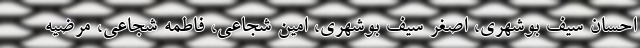
احسان سیف بوشهری، اصغر سیف بوشهری، امین شجاعی، فاطمه شجاعی، مرضیه